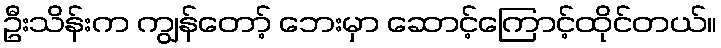
ဦးသိန်းက ကျွန်တော့် ဘေးမှာ ဆောင့်ကြောင့်ထိုင်တယ်။